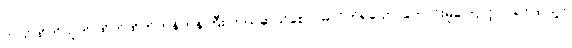
ကယ်ထိုက်သူကို ထိုက်ထိုက်တန်တန်ကြီး ကယ်ဆယ်စောင်မလိုက်ရသော ကောင်းမှုကြောင့်လဲ ရင်ထဲတွင်